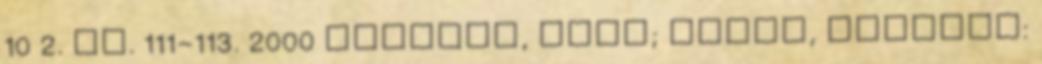
10 2. pp. 111-113. 2000 Depaepe, Marc; Buyse, Raymond: